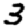
Digit: 3